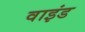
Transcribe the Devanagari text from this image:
वाइंड